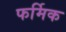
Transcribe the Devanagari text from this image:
फर्मिक